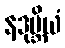
နဒုဗ္ဘိယံ